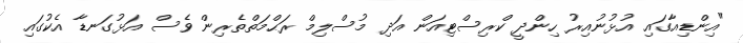
"އިންޑިއާގައި އުޅުނުއިރު ހިންދީ ކްރިސްޓިއަން އަދި މުސްލިމް ރަޙްމަތްތެރިން ވެސް އަޅުގަނޑާ އެކުގައި